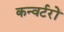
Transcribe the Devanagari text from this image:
कन्वर्टरों